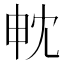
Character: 𭻄